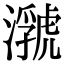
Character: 𤂆